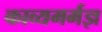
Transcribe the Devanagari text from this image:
काव्यमर्मज्ञ